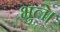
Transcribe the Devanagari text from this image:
भुले।